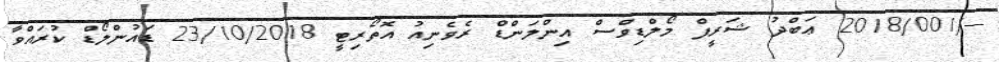
--/2018/001 ޢަބްދު ޝަރީފް މޯލްޑިވްސް އިންލަންޑް ރެވެނިއު އޮތޯރިޓީ 23/10/2018 ޑައުންލޯޑް ކުރައްވާ